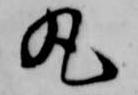
丸